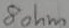
Text: 8ohm